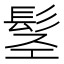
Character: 𩬣